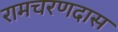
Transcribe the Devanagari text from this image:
रामचरणदास